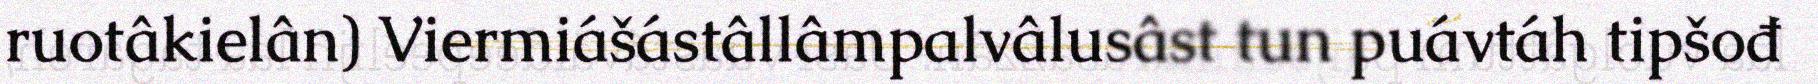
ruotâkielân) Viermiášástâllâmpalvâlusâst tun puávtáh tipšođ